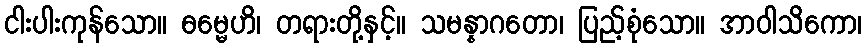
ငါးပါးကုန်သော။ ဓမ္မေဟိ၊ တရားတို့နှင့်။ သမန္နာဂတော၊ ပြည့်စုံသော။ အာဝါသိကော၊